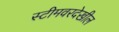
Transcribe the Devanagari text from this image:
स्टीमवरदेखील